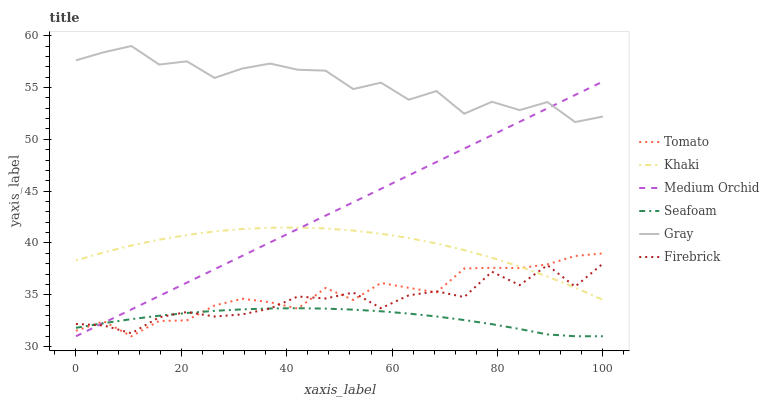
| xaxis_label | Tomato | Khaki | Medium Orchid | Seafoam | Gray | Firebrick |
 | --- | --- | --- | --- | --- | --- | --- |
 | 0 | 31.5 | 38.3 | 31 | 31.8 | 57.6 | 32.2 |
 | 5.26 | 32.4 | 39.1 | 32.3 | 32.3 | 58.4 | 32 |
 | 10.5 | 31 | 39.8 | 33.6 | 32.7 | 59 | 31.3 |
 | 15.8 | 32.5 | 40.3 | 34.9 | 33 | 57.2 | 32.8 |
 | 21.1 | 32.5 | 40.8 | 36.2 | 33.2 | 57.5 | 33.3 |
 | 26.3 | 34 | 41.1 | 37.5 | 33.5 | 55.9 | 32.9 |
 | 31.6 | 34.6 | 41.3 | 38.8 | 33.6 | 56.8 | 33.1 |
 | 36.8 | 34.3 | 41.5 | 40.1 | 33.7 | 57.3 | 33.7 |
 | 42.1 | 33.7 | 41.5 | 41.3 | 33.7 | 56.7 | 34.8 |
 | 47.4 | 35.7 | 41.4 | 42.6 | 33.7 | 56.6 | 34.6 |
 | 52.6 | 34.5 | 41.2 | 43.9 | 33.6 | 54.8 | 35.2 |
 | 57.9 | 36.1 | 40.9 | 45.2 | 33.4 | 55.5 | 33.7 |
 | 63.2 | 35.7 | 40.5 | 46.5 | 33.2 | 53.8 | 34.9 |
 | 68.4 | 35.2 | 39.9 | 47.8 | 32.9 | 54.7 | 35.3 |
 | 73.7 | 37.5 | 39.3 | 49.1 | 32.6 | 52.5 | 34.8 |
 | 78.9 | 37.6 | 38.6 | 50.4 | 32.2 | 53.6 | 37.2 |
 | 84.2 | 37.6 | 37.7 | 51.7 | 31.7 | 52.8 | 35.9 |
 | 89.5 | 37.9 | 36.8 | 53 | 31.2 | 53.6 | 37.9 |
 | 94.7 | 38.7 | 35.7 | 54.3 | 31 | 51.7 | 35.8 |
 | 100 | 39 | 34.5 | 55.6 | 31 | 52.2 | 38 |